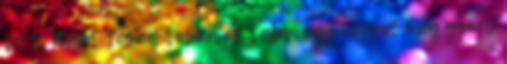
lett, kicsit tesze-tosza és talán egy pöppet még gyors